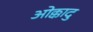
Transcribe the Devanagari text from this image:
ओक्कादु